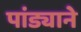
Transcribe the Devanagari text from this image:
पांड्याने